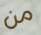
من